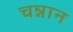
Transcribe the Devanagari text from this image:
चन्नान